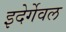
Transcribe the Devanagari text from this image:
इदेर्गेवल